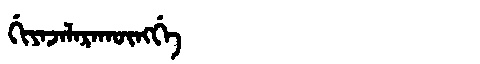
Manchu: ᡤᡳᠶᠠᠵᠠᠯᠠᡵᠠᡴᡡᠩᡤᡝ
Romanization: GIYAJALARAKŪNGGE